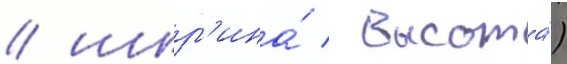
/ шир'ина́ / высота́)